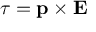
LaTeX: { \boldsymbol { \tau } } = \mathbf { p } \times \mathbf { E }